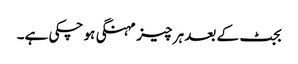
بجٹ کے بعد ہر چیز مہنگی ہو چکی ہے۔